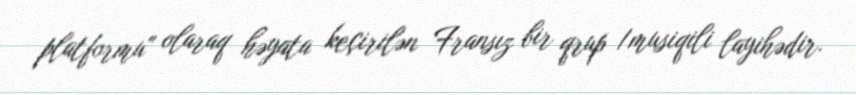
platformu" olaraq həyata keçirilən Fransız bir qrup /musiqili layihədir.